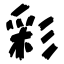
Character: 彩